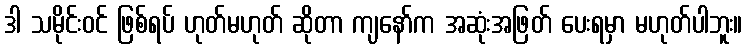
ဒါ သမိုင်းဝင် ဖြစ်ရပ် ဟုတ်မဟုတ် ဆိုတာ ကျနော်က အဆုံးအဖြတ် ပေးရမှာ မဟုတ်ပါဘူး။